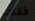
فقدت